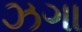
ઝગા